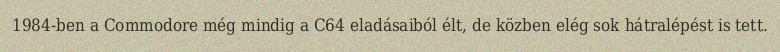
1984-ben a Commodore még mindig a C64 eladásaiból élt, de közben elég sok hátralépést is tett.